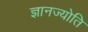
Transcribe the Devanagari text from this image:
ज्ञानज्योति